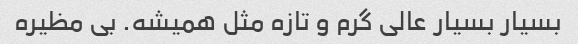
بسیار بسیار عالی گرم و تازه مثل همیشه. بی مظیره